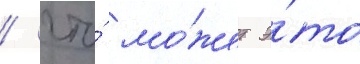
/ что́ мо́жет э́то